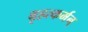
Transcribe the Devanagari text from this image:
बृहत्कर्मन्